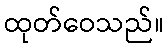
ထုတ်ဝေသည်။